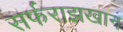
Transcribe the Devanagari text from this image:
सर्फराझखान